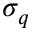
\sigma _ { q }